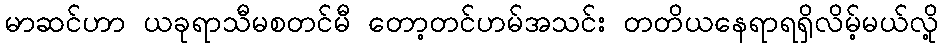
မာဆင်ဟာ ယခုရာသီမစတင်မီ တော့တင်ဟမ်အသင်း တတိယနေရာရရှိလိမ့်မယ်လို့